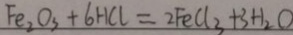
F e _ { 2 } O _ { 3 } + 6 H C l = 2 F e C l _ { 3 } + 3 H _ { 2 } O